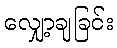
လျှော့ချခြင်း